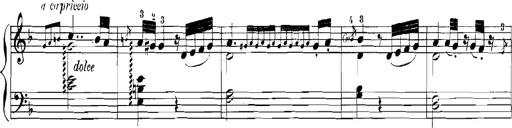
Title: Rhapsodies hongroises
Composer: Franz Liszt